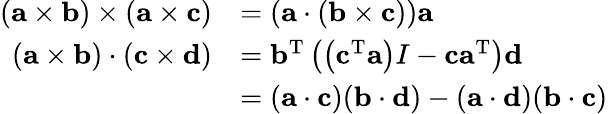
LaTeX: {\begin{array}{rl}{(\mathbf{a}\times\mathbf{b})\times(\mathbf{a}\times\mathbf{c})}&{=(\mathbf{a}\cdot(\mathbf{b}\times\mathbf{c}))\mathbf{a}}\\ {(\mathbf{a}\times\mathbf{b})\cdot(\mathbf{c}\times\mathbf{d})}&{=\mathbf{b}^{\mathrm{T}}\left(\left(\mathbf{c}^{\mathrm{T}}\mathbf{a}\right)I-\mathbf{c}\mathbf{a}^{\mathrm{T}}\right)\mathbf{d}}\\ &{=(\mathbf{a}\cdot\mathbf{c})(\mathbf{b}\cdot\mathbf{d})-(\mathbf{a}\cdot\mathbf{d})(\mathbf{b}\cdot\mathbf{c})}\end{array}}